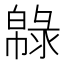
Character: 𢅞